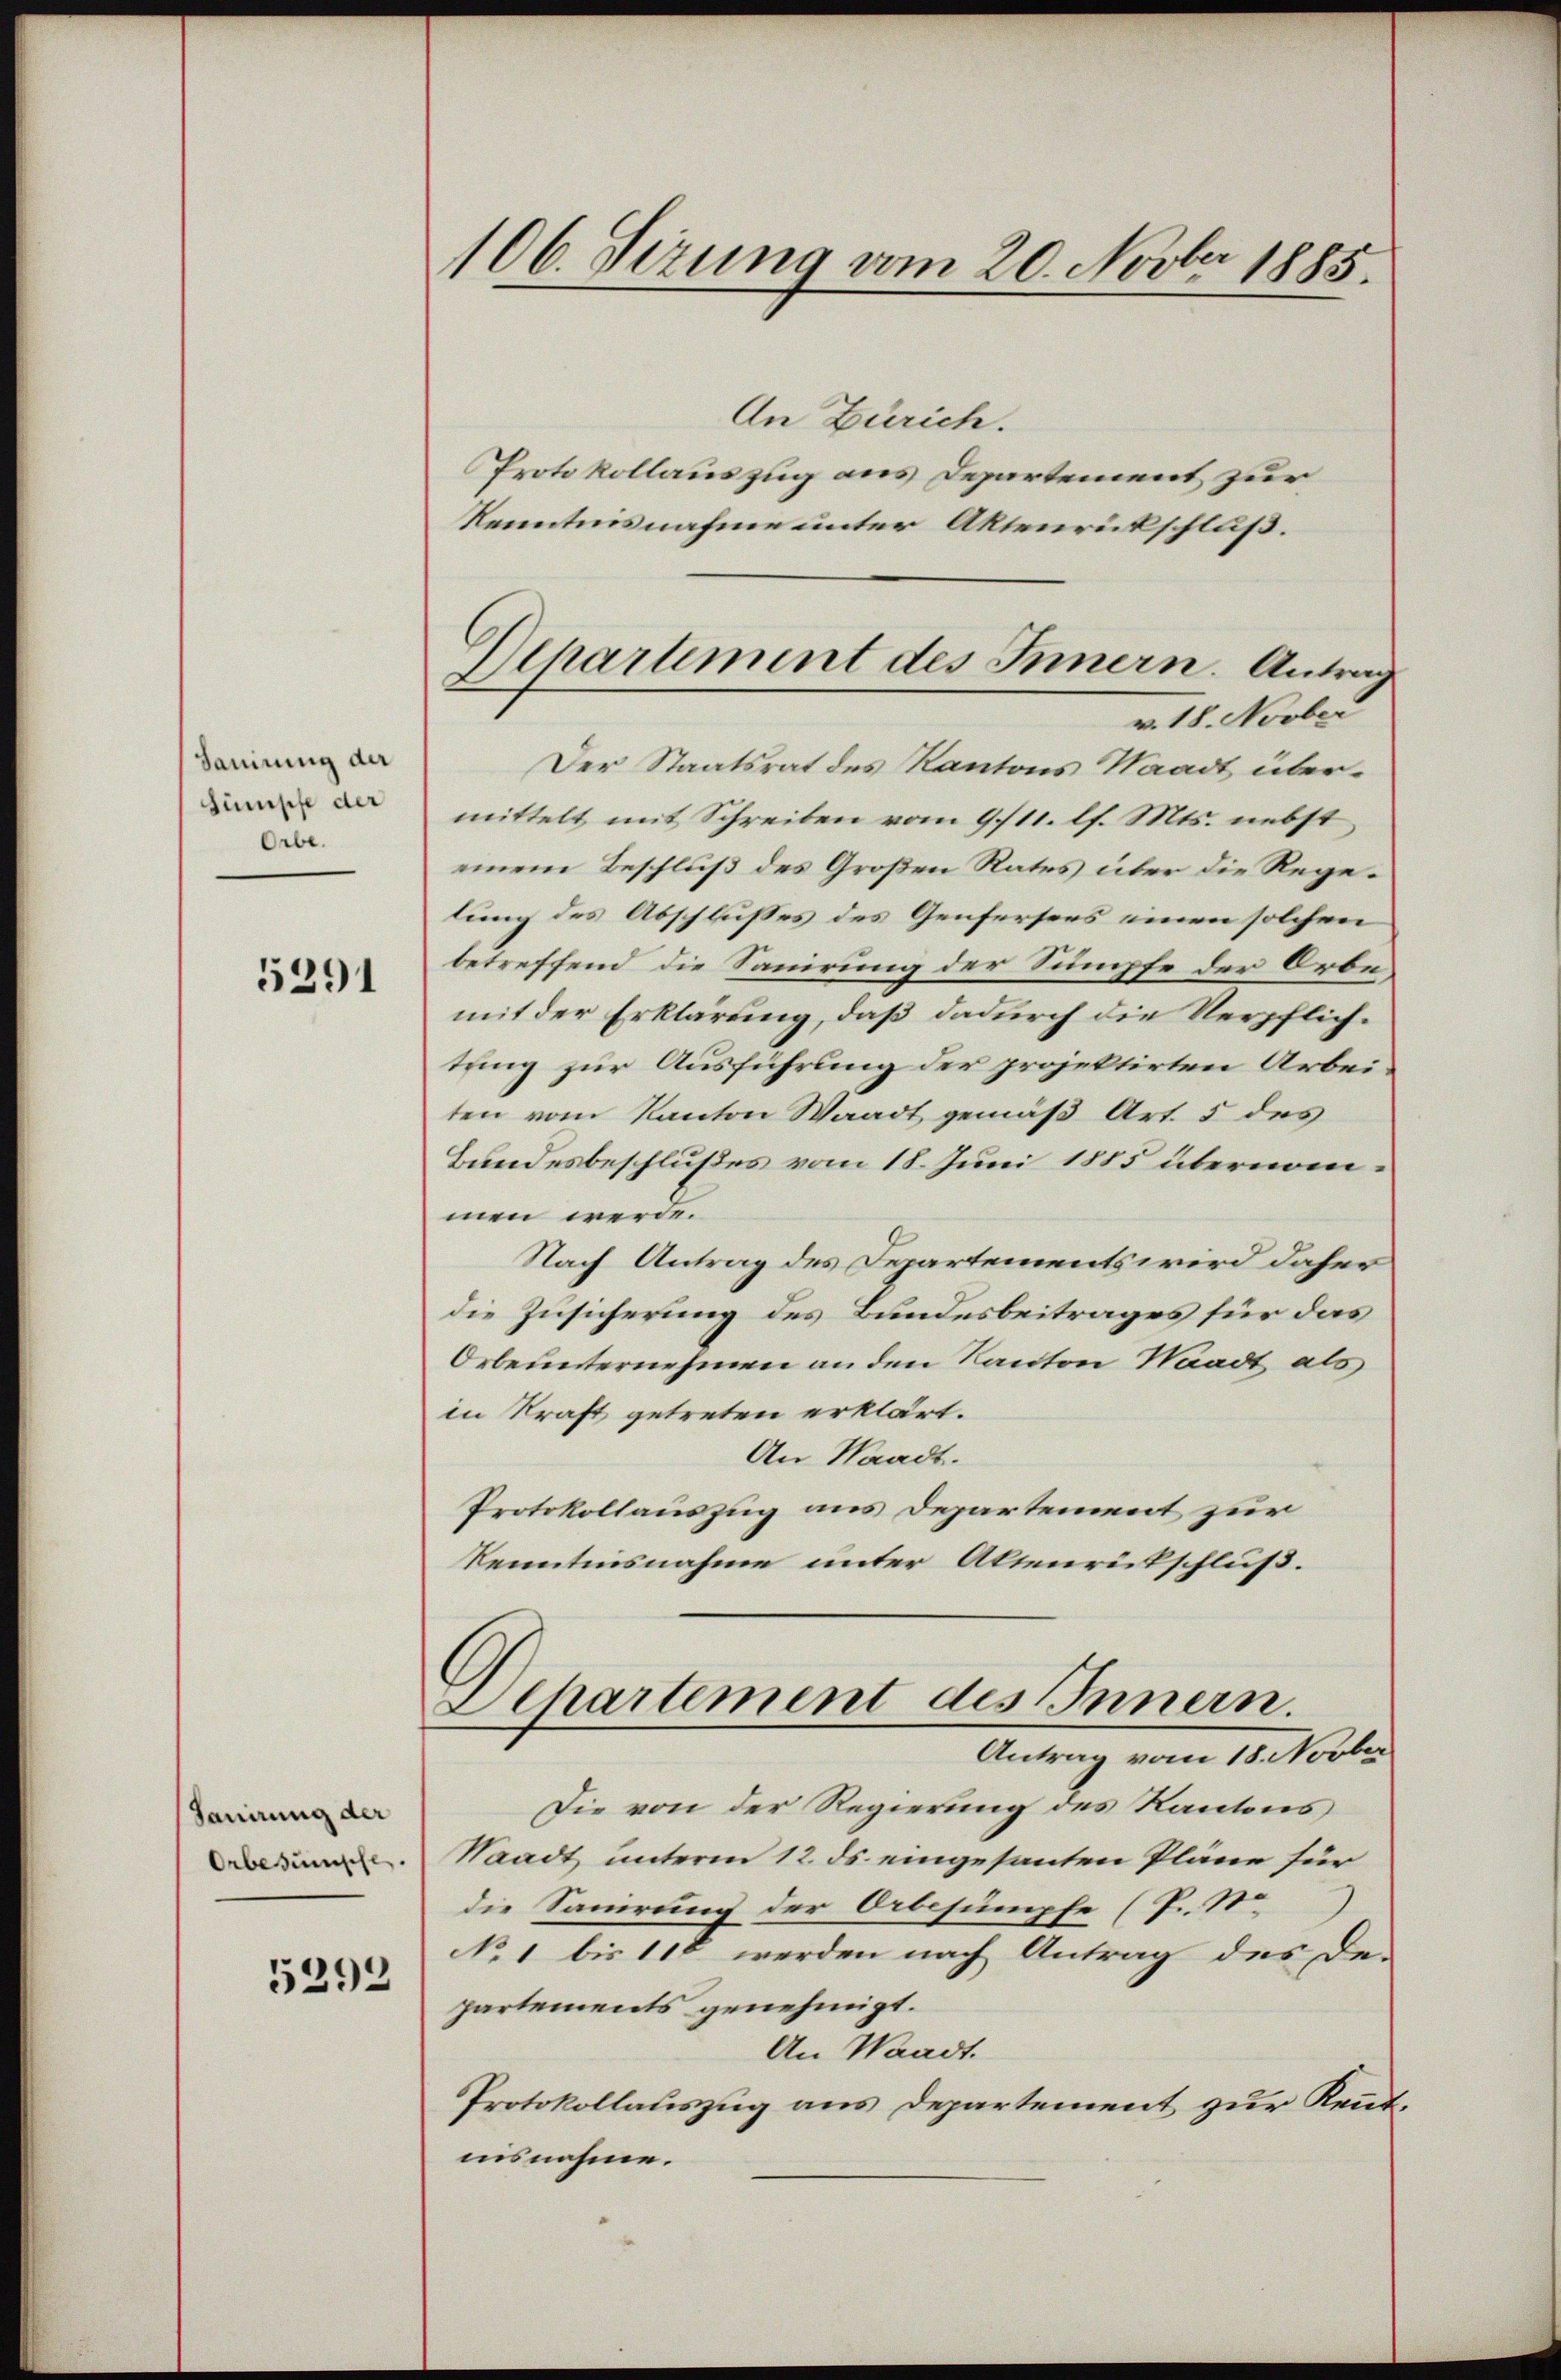
Sanirung der
Sumpfe der
Orbe.

5291

Sauirung der
Orbewünsche.
5292

106. Sizung vom 20. Novber 1885.

An Zürich.
Protokollauszug aus Departement zur
Kenntnisnahme unter Aktenrückschluß.
Der Staatsrat des Kantons Waadt übermittelt mit Schreiben vom 9/11. l. Mts. nebst
einem Beschluß des Großen Rates über die Regetung des Abschlusses des Genfersers einen solchen
betreffend die Sanirung der Sumpfe der Orbe,
mit der Erklärung, daß dadurch die Verpflichtung zur Ausführung der projektirten Arbeiten vom Kanton Waadt gemäß Art. 5 des
Bundesbeschlußes vom 18. Juni 1885 übernommen werde.
Nach Antrag des Departements wird daher
die Zusicherung des Bundesbeitrages für das
Orbe unternehmen an den Kanton Waadt als
in Kraft getreten erklärt.
An Waadt.
Protokollauszug aus Departement zur
Kenntnisnahme unter Aktenrückschluß.
Departement des Innern.
Antrag vom 18. Novbr
Die von der Regierung des Kantons
Waadt unterm 12. ds. eingesanten Pläne für
die Samung der Orbesumpfe (P. Nr.
No 1 bis 110 werden nach Antrag des De-
partements genehmigt.
An Waadt.
Protokollauszug aus Departement zur Kendnisnahme.

Departement des Innern. Antrag
v. 18. Novber